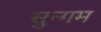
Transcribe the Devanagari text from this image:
सुन्गम